Annual administration report of the Civil Veterinary Department of India - 1897-1898
Year: 1897
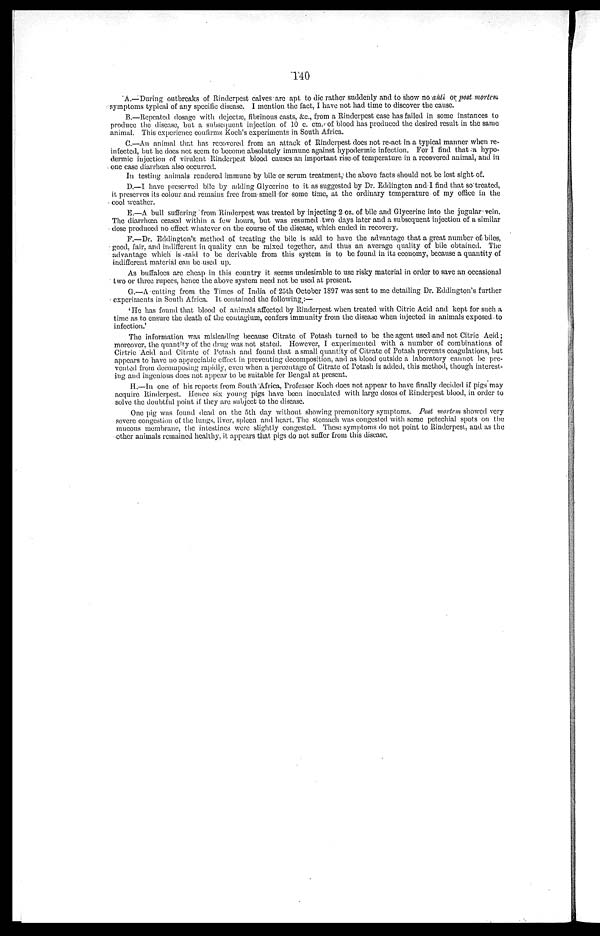
140
A.—During outbreaks of Rinderpest calves are apt to die rather suddenly and to show no anti or post mortem
symptoms typical of any specific disease. I mention the fact, I have not had time to discover the cause.
B.—Repeated dosage with dejectæ, fibrinous casts, &c., from a Rinderpest case has failed in some instances to
produce the disease, but a subsequent injection of 10 c. cm. of blood has produced the desired result in the same
animal. This experience confirms Koch's experiments in South Africa.
C.—An animal that has recovered from an attack of Rinderpest does not re-act in a typical manner when re-
infected, but he does not seem to become absolutely immune against hypodermic infection. For I find that a hypo-
dermic injection of virulent Rinderpest blood causes an important rise of temperature in a recovered animal, and in
one case diarrhœa also occurred.
In testing animals rendered immune by bile or serum treatment, the above facts should not be lost sight of.
D.—I have preserved bile by adding Glycerine to it as suggested by Dr. Eddington and I find that so treated,
it preserves its colour and remains free from smell for some time, at the ordinary temperature of my office in the
cool weather.
E.—A bull suffering from Rinderpest was treated by injecting 2 oz. of bile and Glycerine into the jugular vein.
The diarrhœa ceased within a few hours, but was resumed two days later and a subsequent injection of a similar
dose produced no effect whatever on the course of the disease, which ended in recovery.
F.—Dr. Eddington's method of treating the bile is said to have the advantage that a great number of biles,
good, fair, and indifferent in quality can be mixed together, and thus an average quality of bile obtained. The
advantage which is said to be derivable from this system is to be found in its economy, because a quantity of
indifferent material can be used up.
As buffaloes are cheap in this country it seems undesirable to use risky material in order to save an occasional
two or three rupees, hence the above system need not be used at present.
G.—A cutting from the Times of India of 25th October 1897 was sent to me detailing Dr. Eddington's further
experiments in South Africa. It contained the following:—
'He has found that blood of animals affected by Rinderpest when treated with Citric Acid and kept for such a
time as to ensure the death of the coutagium, confers immunity from the disease when injected in animals exposed to
infection.'
The information was misleading because Citrate of Potash turned to be the agent used and not Citric Acid;
moreover, the quantity of the drug was not stated. However, I experimented with a number of combinations of
Cirtric Acid and Citrate of Potash and found that a small quantity of Citrate of Potash prevents coagulations, but
appears to have no appreciable effect in preventing decomposition, and as blood outside a laboratory cannot be pre-
vented from decomposing rapidly, even when a percentage of Citrate of Potash is added, this method, though interest-
ing and ingenious does not appear to be suitable for Bengal at present.
H.—In one of his reports from South Africa, Professor Koch does not appear to have finally decided if pigs may
acquire Rinderpest. Hence six young pigs have been inoculated with large doses of Rinderpest blood, in order to
solve the doubtful point if they are subject to the disease.
One pig was found dead on the 5th day without showing premonitory symptoms. Post mortem showed very
severe congestion of the lungs, liver, spleen and heart. The stomach was congested with some petechial spots on the
mucous membrane, the intestines were slightly congested. These symptoms do not point to Rinderpest, and as the
other animals remained healthy, it appears that pigs do not suffer from this disease.